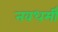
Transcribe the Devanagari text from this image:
नवधर्मी